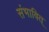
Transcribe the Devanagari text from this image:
संभावित्